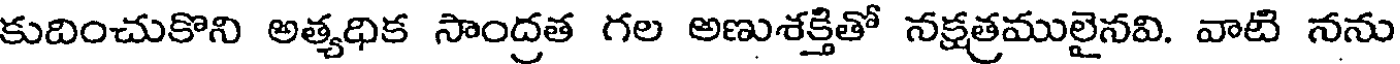
కుదించుకొని అత్యధిక సాంద్రత గల అణుశక్తితో నక్షత్రములైనవి. వాటి నను